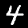
Digit: 4